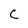
Character: C